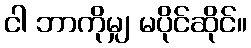
ငါ ဘာကိုမျှ မပိုင်ဆိုင်။